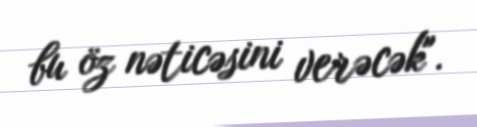
bu öz nəticəsini verəcək".